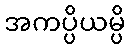
အကပ္ပိယမ္ပိ